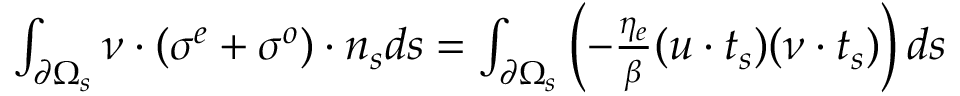
\begin{array} { r } { \int _ { \partial \Omega _ { s } } \boldsymbol { \nu } \cdot ( \boldsymbol { \sigma ^ { e } } + \boldsymbol { \sigma ^ { o } } ) \cdot \boldsymbol { n _ { s } } d s = \int _ { \partial \Omega _ { s } } \left( - \frac { \eta _ { e } } { \beta } ( \boldsymbol { u } \cdot \boldsymbol { t _ { s } } ) ( \boldsymbol { \nu } \cdot \boldsymbol { t _ { s } } ) \right) d s } \end{array}